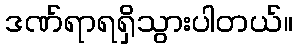
ဒဏ်ရာရရှိသွားပါတယ်။